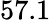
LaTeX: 57.1